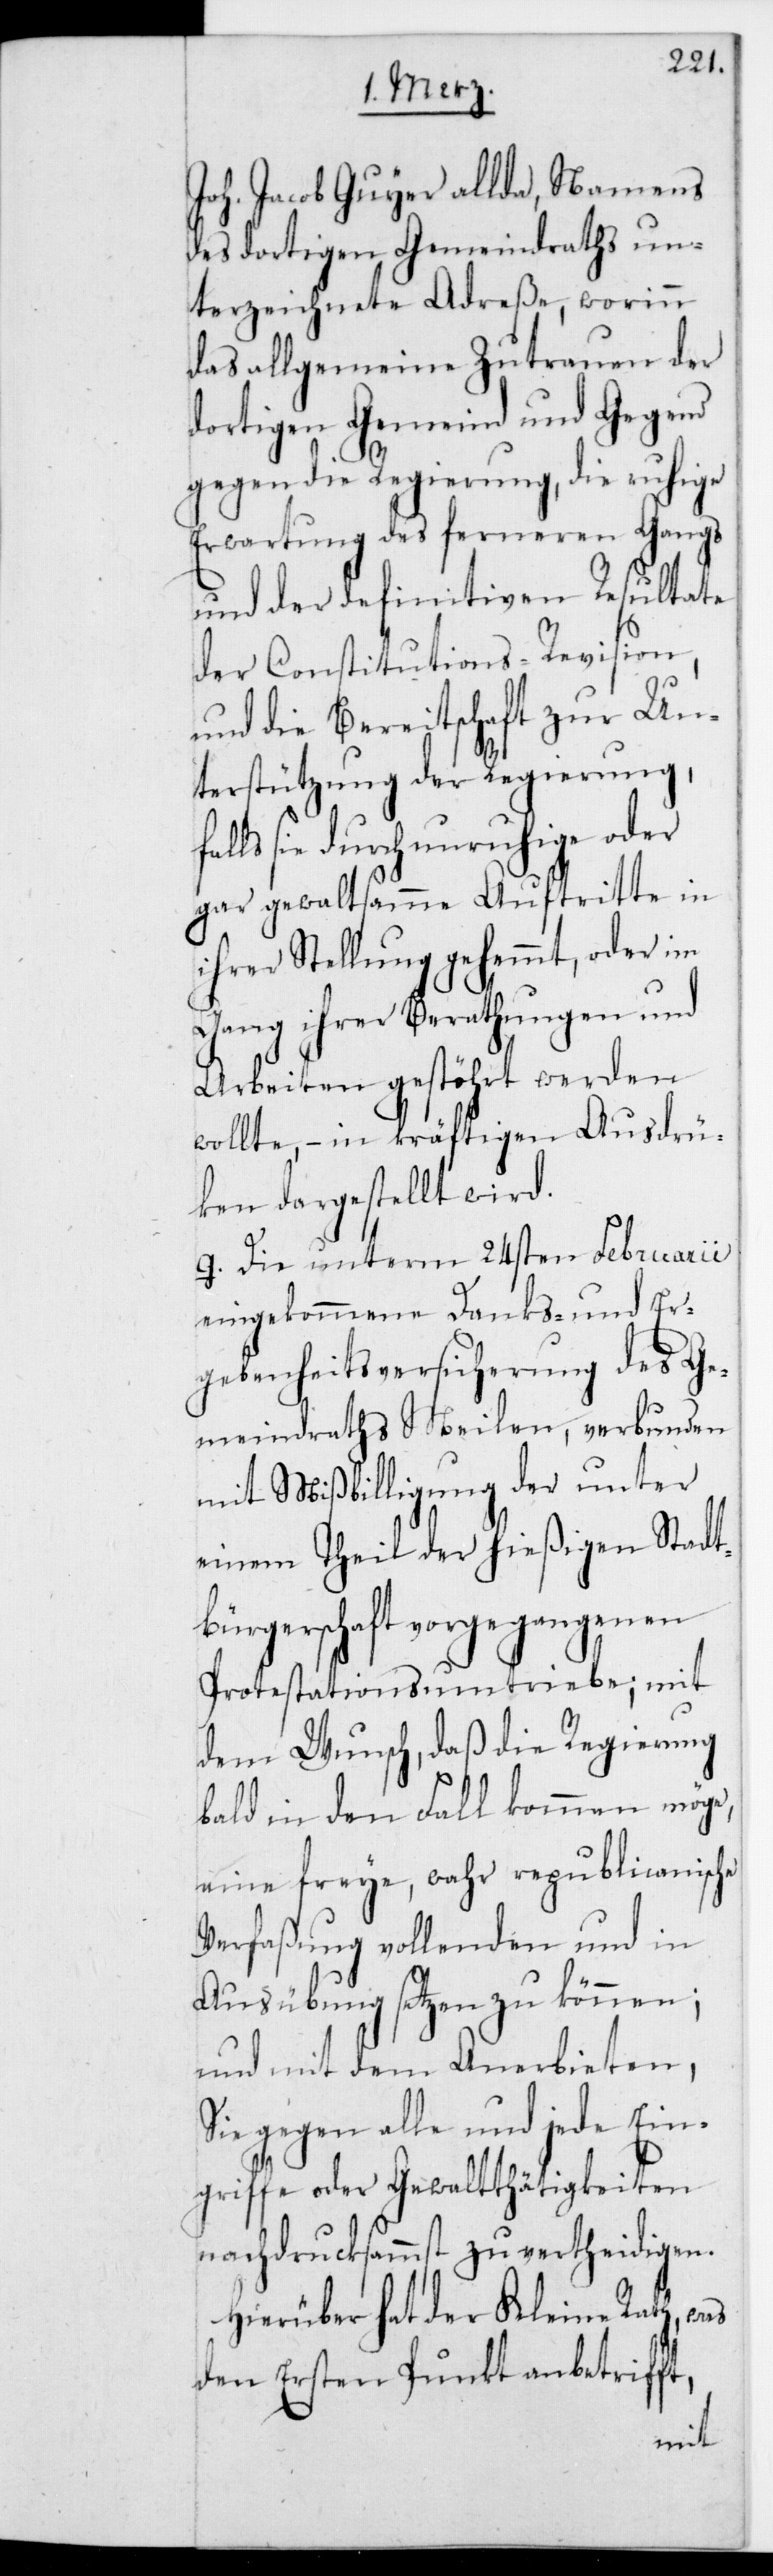
Joh. Jacob Guyer allda, Na¬
des dortigen Gemeindraths un¬
terzeichnete Adreße, worinn
das allgemeine Zutrauen der
dortigen Gemeind und Gegend
gegen die Regierung, die ruhige
Erwartung des ferneren Gangs
und der definitiven Resulate
der Constitutions-Revision,
und die Bereitschaft zur Un¬
terstützung der Regierung,
falls sie durch unruhige oder
gar gewaltsamme Auftritte in
ihrer Stellung gehemmt, oder im
Gang ihrer Berathungen und
Arbeiten gestört werden
wollte, – in kräftigen Ausdrü¬
cken dargestellt wird.
g. Die unterm 24sten Februarii
eingekommene Danks- und Er¬
gebenheitsversicherung des Ge¬
meindraths Meilen, verbunden
mit Mißbilligung der unter
einem Theil der hießigen Stadt¬
bürgerschaft vorgegangenen
Protestations-Umtriebe; mit
dem Wunsch, daß die Regierung
bald in den Fall kommen möge,
eine freye, wahr repubilcanische
Verfaßung vollenden und in
Ausübung setzen zu können;
und mit dem Anerbieten,
sie gegen alle und jede Ein¬
griffe oder Gewalttätigkeiten
nachdrucksamst zu verteidigen.
Hierüber hat der Kleine Rath, was
den Ersten Punkt anbetrifft,
mens